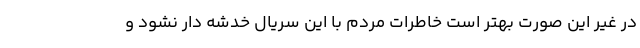
در غیر این صورت بهتر است خاطرات مردم با این سریال خدشه دار نشود و